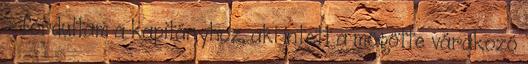
– fordultam a kapitányhoz, aki intett a mögötte várakozó